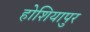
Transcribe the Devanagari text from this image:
होशियापुर